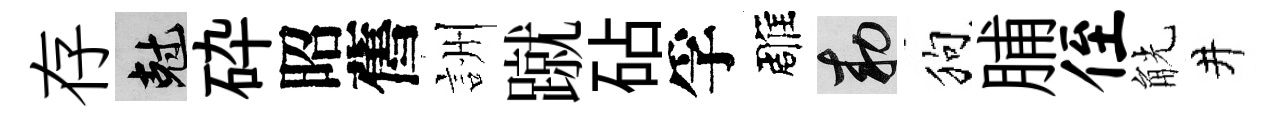
存剋砕昭舊詶蹴砧孚雕敕狗脯侄觥井